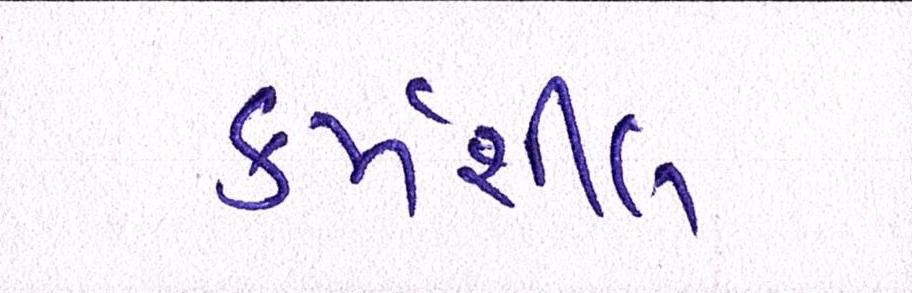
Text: કર્મશીલ